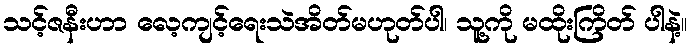
သင့်ဇနီးဟာ လေ့ကျင့်ရေးသဲအိတ်မဟုတ်ပါ၊ သူ့ကို မထိုးကြိတ် ပါနဲ့။